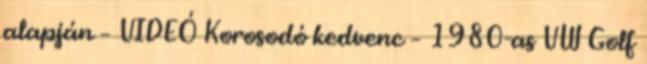
alapján – VIDEÓ Korosodó kedvenc – 1980-as VW Golf